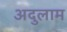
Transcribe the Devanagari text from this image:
अदुलाम